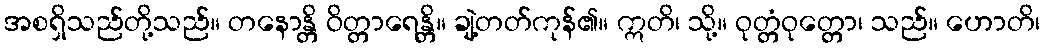
အစရှိသည်တို့သည်။ တနောန္တိ ဝိတ္တာရေန္တိ။ ချဲ့တတ်ကုန်၏။ ဣတိ၊ သို့။ ဝုတ္တံဝုတ္တော၊ သည်။ ဟောတိ၊